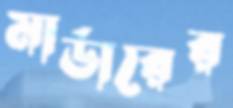
মার্ডারের